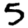
Digit: 5